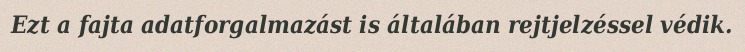
Ezt a fajta adatforgalmazást is általában rejtjelzéssel védik.